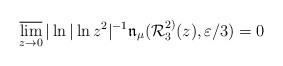
LaTeX: \begin{align*}\varlimsup_{z \to 0} |\ln|\ln z^2|^{-1} \mathfrak{n}_\mu (\mathcal{R}_3^{2)}(z), \varepsilon/3) = 0\end{align*}